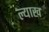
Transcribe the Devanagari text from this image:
ल्याख